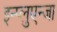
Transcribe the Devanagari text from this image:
इन्प्लुएन्जा